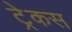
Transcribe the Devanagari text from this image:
ट्रेकस